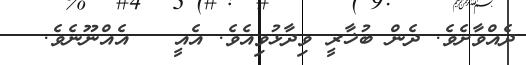
ދެއްވާށެވެ. ދެން ބުޚާރީ ވިދާޅުވިއެވެ. އެއީ   އެއްނޫނެވެ.